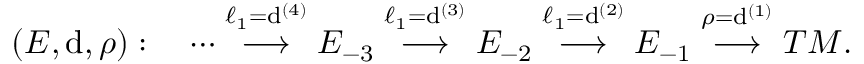
( E , \mathrm { d } , \rho ) : \quad \cdots \stackrel { \ell _ { 1 } = \mathrm { d } ^ { ( 4 ) } } \longrightarrow E _ { - 3 } \stackrel { \ell _ { 1 } = \mathrm { d } ^ { ( 3 ) } } { \longrightarrow } E _ { - 2 } \stackrel { \ell _ { 1 } = \mathrm { d } ^ { ( 2 ) } } { \longrightarrow } E _ { - 1 } \stackrel { \rho = \mathrm { d } ^ { ( 1 ) } } { \longrightarrow } T M .